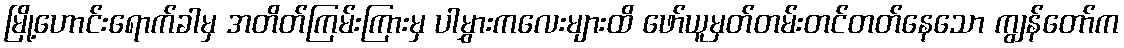
မြို့ဟောင်းရောက်ခါမှ အတိတ်ကြမ်းကြားမှ ပါမွှားကလေးများထိ ဖော်ယူမှတ်တမ်းတင်တတ်နေသော ကျွန်တော်က